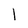
Character: l